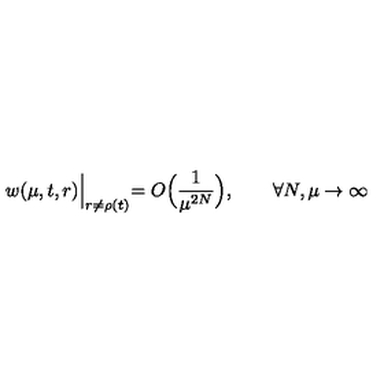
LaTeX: w ( \mu , t , r ) \Bigl | _ { r \ne \rho ( t ) } = O \Bigl ( \frac { 1 } { \mu ^ { 2 N } } \Bigr ) , \qquad \forall N , \mu \to \infty